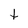
Character: t